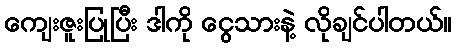
ကျေးဇူးပြုပြီး ဒါကို ငွေသားနဲ့ လိုချင်ပါတယ်။